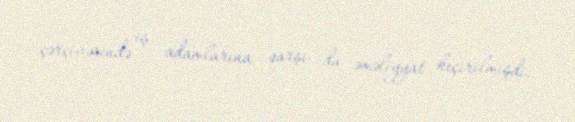
çərçivəsində iş adamlarına qarşı da əməliyyat keçirilmişdi.